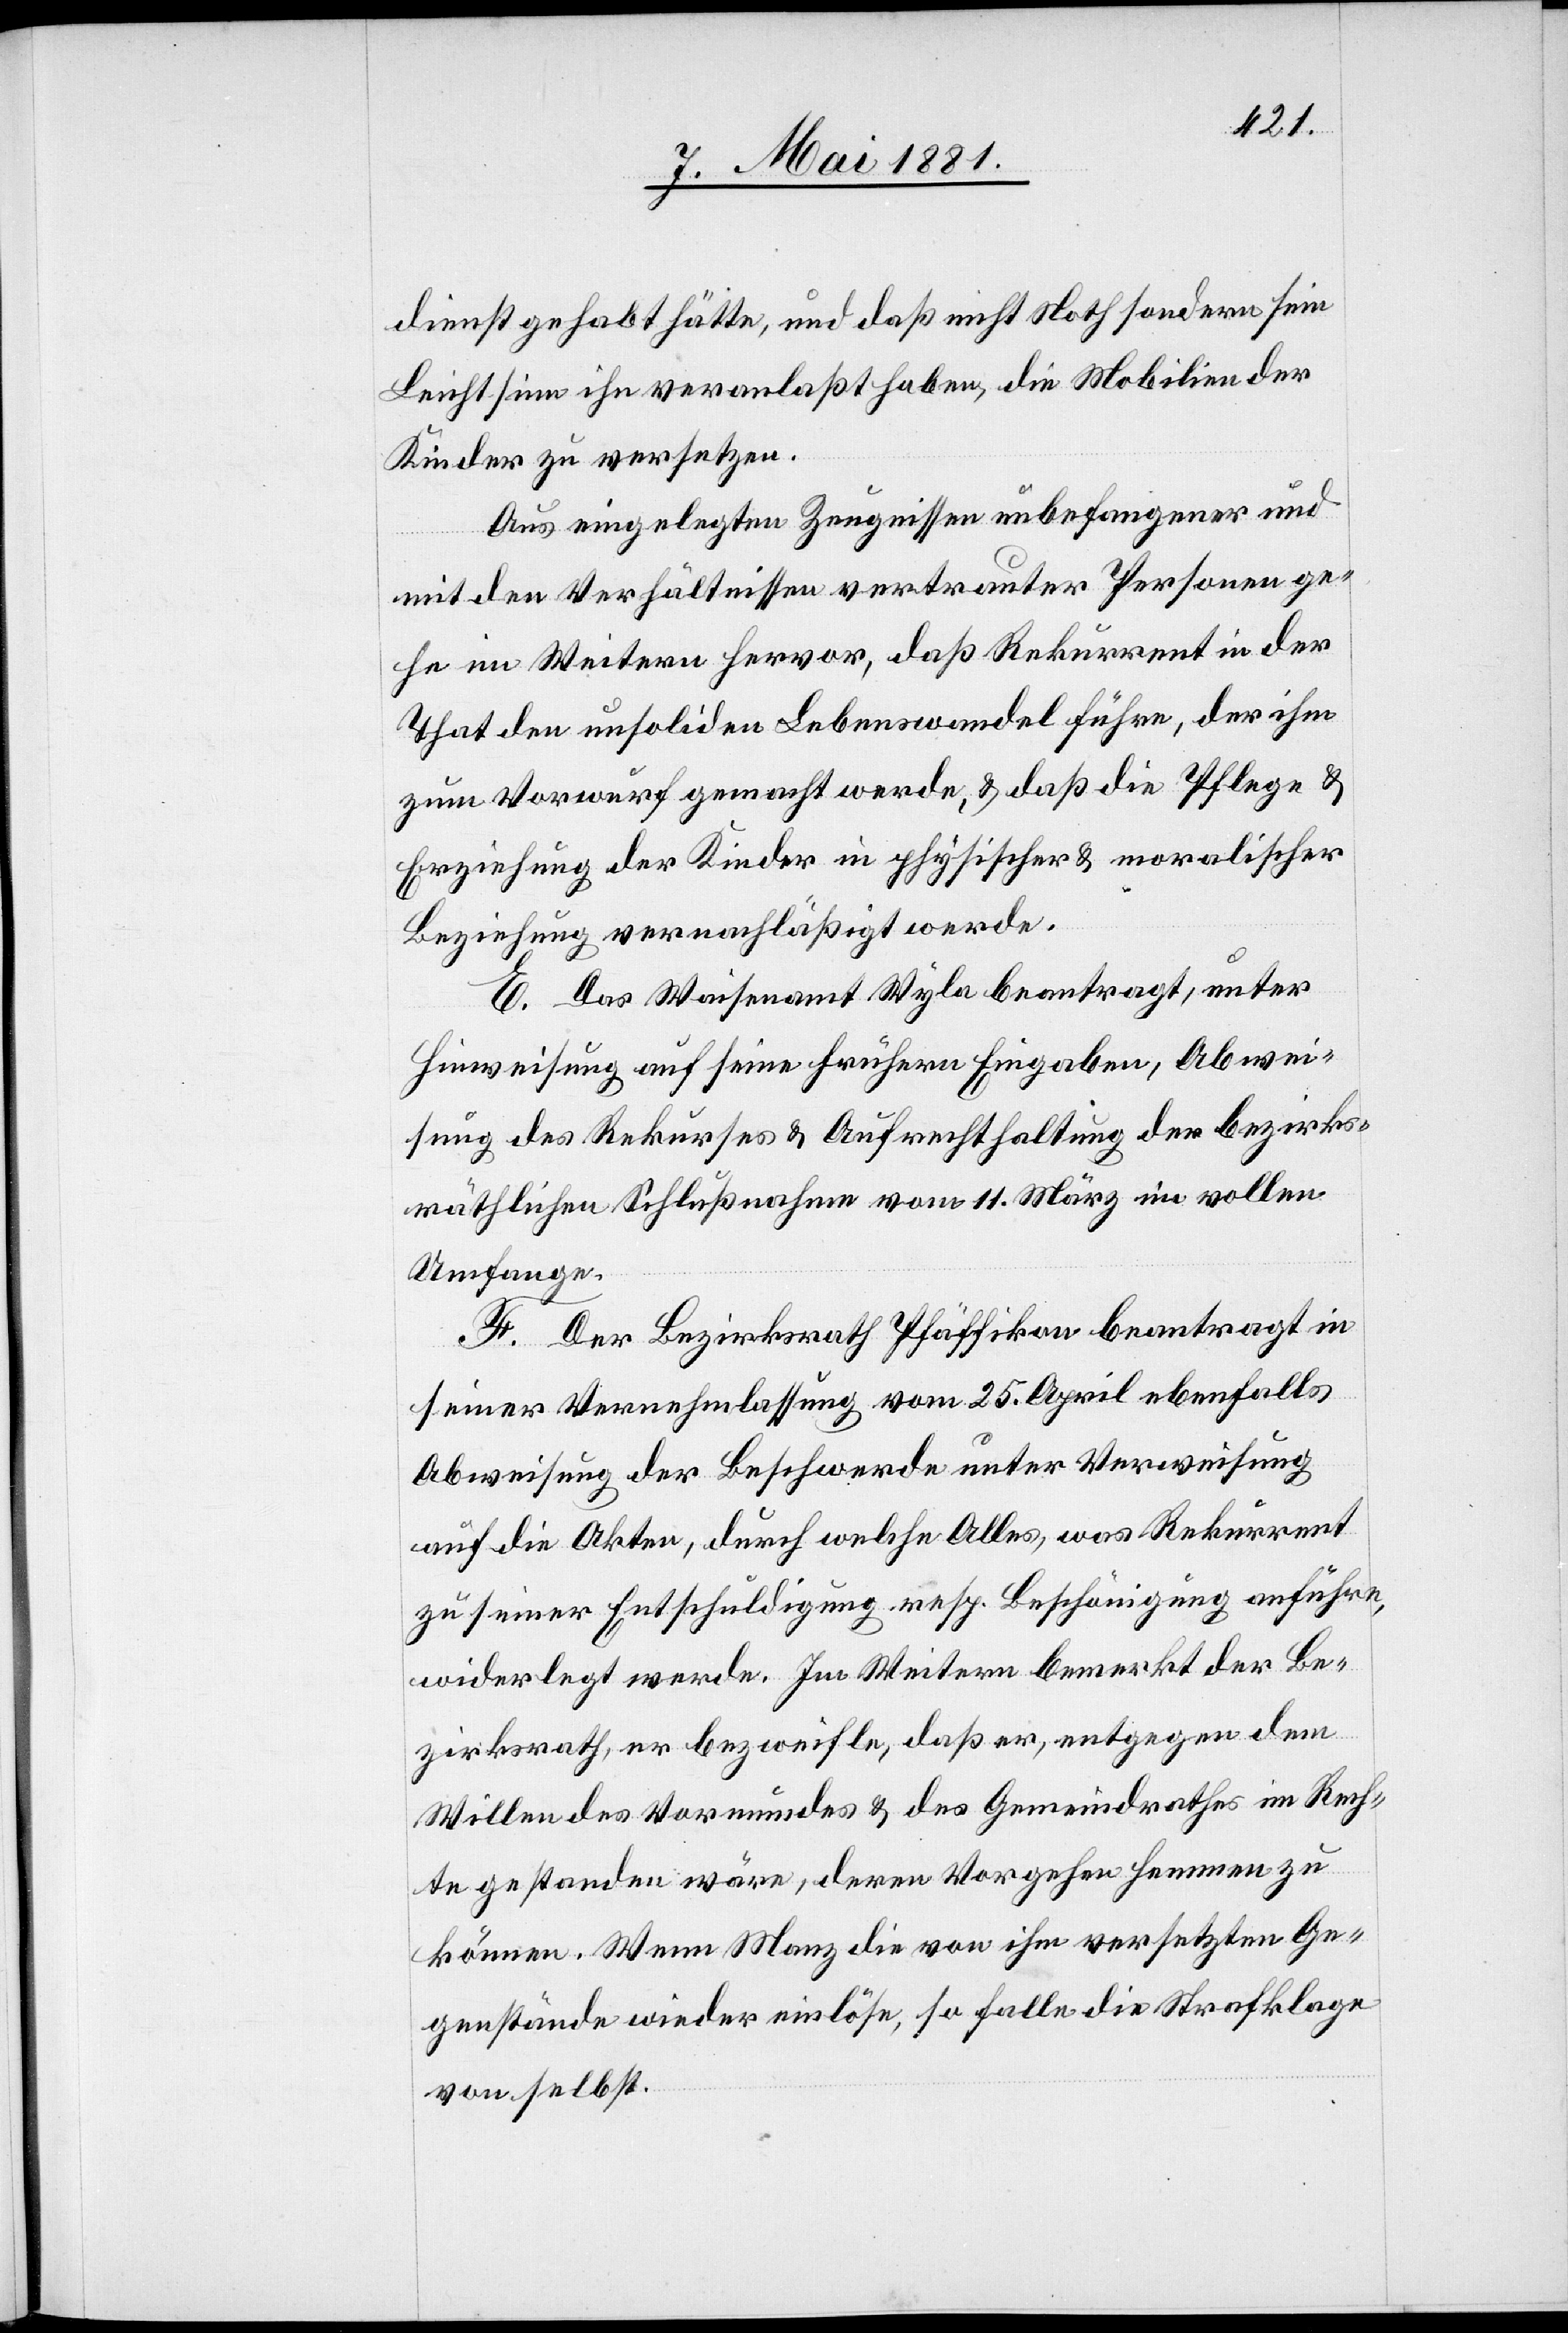
dienst gehabt hätte, und daß nicht Noth sondern sein
Leichtsinn ihn veranlaßt haben, die Mobilien der
Kinder zu versetzen.
Aus eingelegten Zeugnissen Unbefangener und
mit den Verhältnissen vertrauten Personen ge¬
he im Weitern hervor, daß Rekurrent in der
That den unsoliden Lebenswandel führe, der ihm
zum Vorwurf gemacht werde, & daß die Pflege &
Erziehung der Kinder in physischer & moralischer
Beziehung vernachläßigt werde.
E. Das Waisenamt Wyla beantragt, unter
Hinweisung auf seine frühern Eingaben, Abwei¬
sung des Rekurses & Aufrechthaltung der bezirks¬
räthlichen Schlußnahmen vom 11. März im vollen
Umfange.
F. Der Bezirksrath Pfäffikon beantragt in
seiner Vernehmlassung vom 25. April ebenfalls
Abweisung der Beschwerde unter Verweisung
auf die Akten, durch welche Alles, was Rekurrent
zu seiner Entschuldigung resp. Beschönigung anführe,
widerlegt werde. Im Weitern bemerkt der Be¬
zirksrath, er bezweifle, daß er, entgegen dem
Willen des Vormundes & des Gemeindrathes im Rech¬
te gestanden wäre, deren Vorgehen hemmen zu
können. Wenn Manz die von ihm versetzten Ge¬
genstände wieder einlöse, so falle die Strafklage
von selbst.